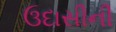
ઉદાસીની